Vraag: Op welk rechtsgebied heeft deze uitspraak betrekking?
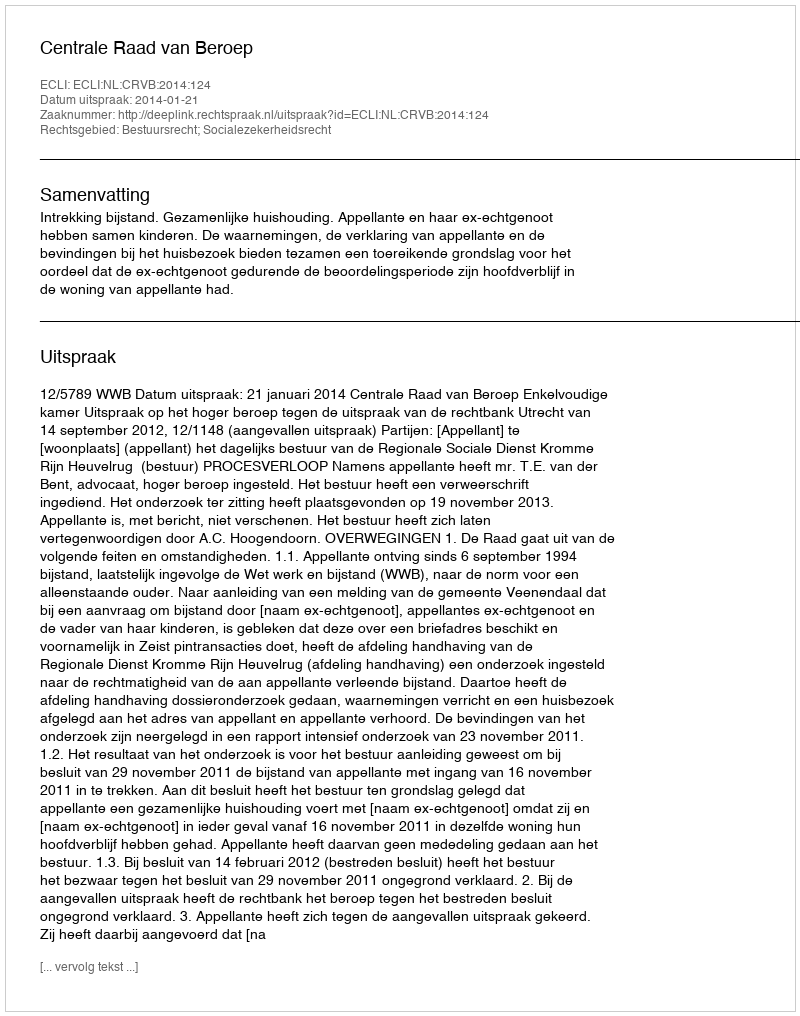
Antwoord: Bestuursrecht; Socialezekerheidsrecht